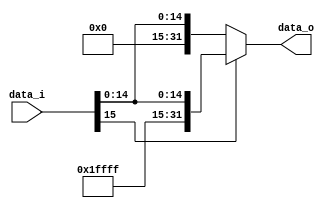
//             Alden Rivera 0416329
//             Jorge Pineda 0416330
//Subject:     CO project 2 - Sign extend
//--------------------------------------------------------------------------------
//Version:     1
//--------------------------------------------------------------------------------
//Writer:      
//----------------------------------------------
//Date:        
//----------------------------------------------
//Description: 
//--------------------------------------------------------------------------------

module Sign_Extend(
    data_i,
    data_o
    );
               
//I/O ports
input   [16-1:0] data_i;
output  [32-1:0] data_o;

//Internal Signals
reg     [32-1:0] data_o;

//Sign extended
always@(*)
begin
    if(data_i[15])
     data_o = {16'b1111111111111111,data_i[15:0]};
    else
     data_o = {16'b0000000000000000,data_i[15:0]};
end
    
endmodule